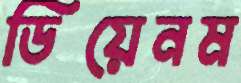
ডিয়েনম